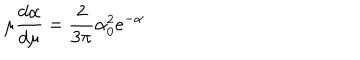
\mu \frac { d \alpha } { d \mu } = \frac { 2 } { 3 \pi } \alpha _ { 0 } ^ { 2 } e ^ { - \alpha }